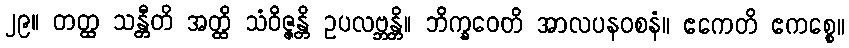
၂၉။ တတ္ထ သန္တီတိ အတ္ထိ သံဝိဇ္ဇန္တိ ဥပလဗ္ဘန္တိ။ ဘိက္ခဝေတိ အာလပနဝစနံ။ ဧကေတိ ဧကစ္စေ။